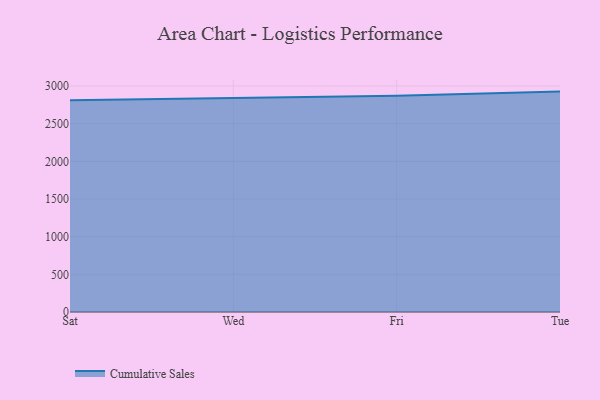
{"axis": {"x": "Day", "y": "Latency (ms)"}, "legend": ["Cumulative Sales"], "data": [{"x": "Sat", "y": 2812.7, "type": "Cumulative Sales"}, {"x": "Wed", "y": 2842.5, "type": "Cumulative Sales"}, {"x": "Fri", "y": 2871.2, "type": "Cumulative Sales"}, {"x": "Tue", "y": 2926.1, "type": "Cumulative Sales"}]}